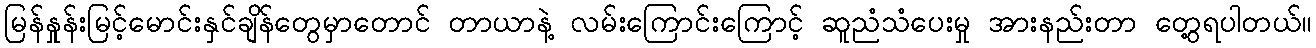
မြန်နှုန်းမြင့်မောင်းနှင်ချိန်တွေမှာတောင် တာယာနဲ့ လမ်းကြောင်းကြောင့် ဆူညံသံပေးမှု အားနည်းတာ တွေ့ရပါတယ်။